Scottish Leaving Certificate Examination, 1961
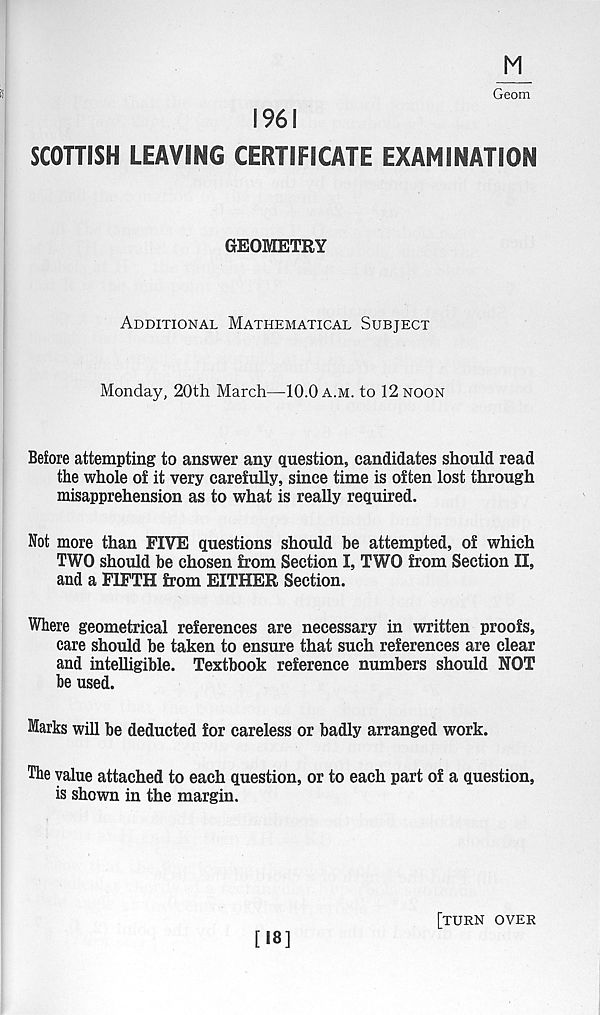
M
S
Geom
1961
SCOTTISH LEAVING CERTIFICATE EXAMINATION
GEOMETRY
Additional Mathematical Subject
Monday, 20th March—10.0 a.m. to 12 noon
Before attempting to answer any question, candidates should read
the whole of it very carefully, since time is often lost through
misapprehension as to what is really required.
Not more than FIVE questions should he attempted, of which
TWO should he chosen from Section I, TWO from Section II,
and a FIFTH from EITHER Section.
Where geometrical references are necessary in written proofs,
care should be taken to ensure that such references are clear
and intelligible. Textbook reference numbers should NOT
be used.
Marks will be deducted for careless or badly arranged work.
The value attached to each question, or to each part of a question,
is shown in the margin.
[18]
[turn over